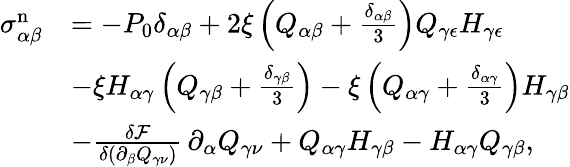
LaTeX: \begin{array}{rl}{\sigma_{\alpha\beta}^{\mathrm{n}}}&{=-P_{0}\delta_{\alpha\beta}+2\xi\left(Q_{\alpha\beta}+\frac{\delta_{\alpha\beta}}{3}\right)Q_{\gamma\epsilon}H_{\gamma\epsilon}}\\ &{-\xi H_{\alpha\gamma}\left(Q_{\gamma\beta}+\frac{\delta_{\gamma\beta}}{3}\right)-\xi\left(Q_{\alpha\gamma}+\frac{\delta_{\alpha\gamma}}{3}\right)H_{\gamma\beta}}\\ &{-\frac{\delta\mathcal{F}}{\delta(\partial_{\beta}Q_{\gamma\nu})}\, \partial_{\alpha}Q_{\gamma\nu}+Q_{\alpha\gamma}H_{\gamma\beta}-H_{\alpha\gamma}Q_{\gamma\beta},}\end{array}